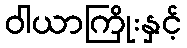
ဝါယာကြိုးနှင့်